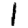
Digit: 1